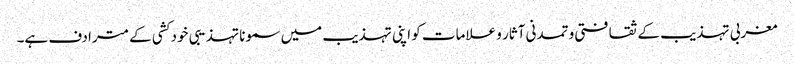
مغربی تہذیب کے ثقافتی و تمدنی آثار و علامات کو اپنی تہذیب میں سمونا تہذیبی خود کشی کے مترادف ہے۔